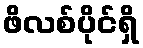
ဖိလစ်ပိုင်ရှိ